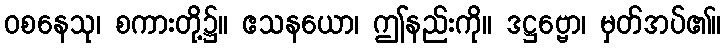
ဝစနေသု၊ စကားတို့၌။ ဧသနယော၊ ဤနည်းကို။ ဒဋ္ဌဗ္ဗော၊ မှတ်အပ်၏။